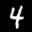
Label: 4